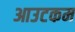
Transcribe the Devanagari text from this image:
आउटकम